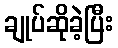
ချုပ်ဆိုခဲ့ပြီး